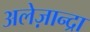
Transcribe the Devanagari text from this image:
अलेज़ान्द्रा